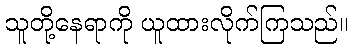
သူတို့နေရာကို ယူထားလိုက်ကြသည်။